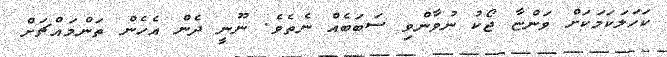
ކަހަލަކަމަކަށް ވަންޏާ ޖޯކު ނުވާންވި ސަބަބެއް ނެތެވެ. ނޫނީ ދެން އެހެން ތަންމައްޗަށް